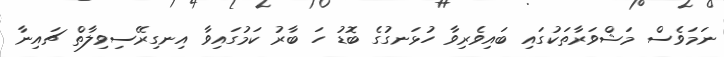
ނަމަވެސް މަޝްވަރާތަކުގައި ބައިވެރިވާ ހުޅަނގުގެ ބޮޑު ހަ ބާރު ކަމުގައިވާ އިނގިރޭސިވިލާތް ޗައިނާ